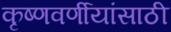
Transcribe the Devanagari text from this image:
कृष्णवर्णीयांसाठी